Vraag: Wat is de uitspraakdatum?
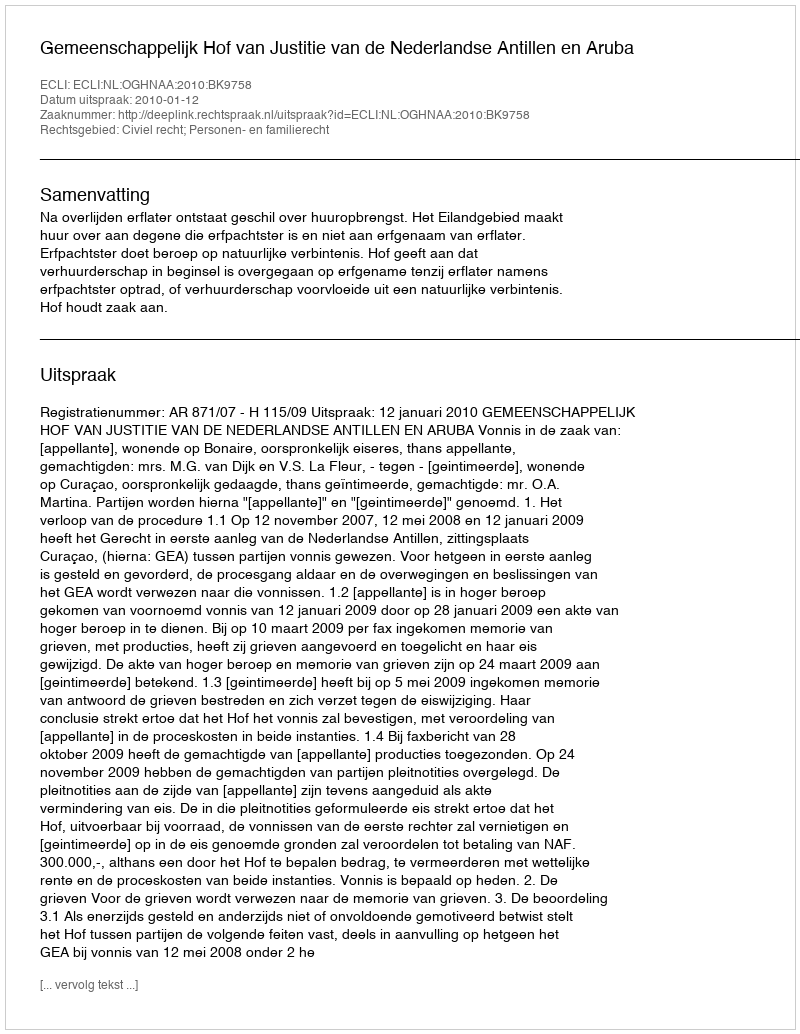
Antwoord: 2010-01-12